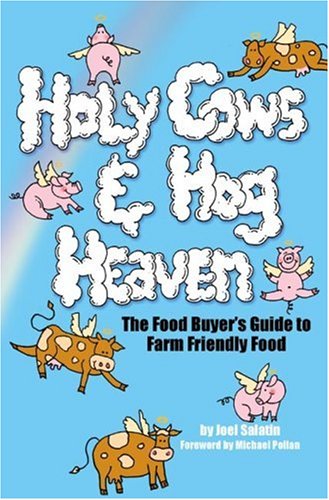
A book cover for Holy Cows and Hog Heaven: The Food Buyer's Guide to Farm Friendly Food; Joel Salatin; Cookbooks, Food & Wine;